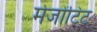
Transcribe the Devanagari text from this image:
मेजोंटिंट